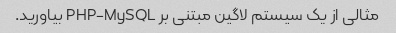
مثالی از یک سیستم لاگین مبتنی بر PHP-MySQL بیاورید.